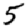
Digit: 5